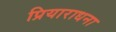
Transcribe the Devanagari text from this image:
प्रियाराधना